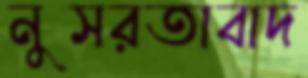
নুসরতাবাদ